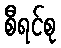
စီရင်စု